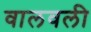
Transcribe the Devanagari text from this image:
वालवली